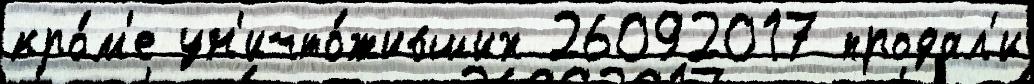
кро́м'е ун'ичто́живших 26092017 продал'и